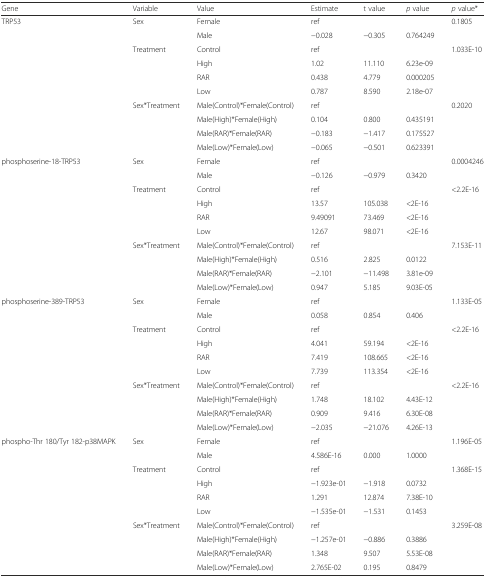
<table><thead><tr><td><b>Gene</b></td><td><b>Variable</b></td><td><b>Value</b></td><td><b>Estimate</b></td><td><b>t value</b></td><td><b><i>p</i> value</b></td><td><b><i>p</i> value*</b></td></tr></thead><tbody><tr><td rowspan="10">TRP53</td><td rowspan="2">Sex</td><td>Female</td><td>ref</td><td></td><td></td><td>0.1805</td></tr><tr><td>Male</td><td>−0.028</td><td>−0.305</td><td>0.764249</td><td></td></tr><tr><td rowspan="4">Treatment</td><td>Control</td><td>ref</td><td></td><td></td><td>1.033E-10</td></tr><tr><td>High</td><td>1.02</td><td>11.110</td><td>6.23e-09</td><td></td></tr><tr><td>RAR</td><td>0.438</td><td>4.779</td><td>0.000205</td><td></td></tr><tr><td>Low</td><td>0.787</td><td>8.590</td><td>2.18e-07</td><td></td></tr><tr><td rowspan="4">Sex*Treatment</td><td>Male(Control)*Female(Control)</td><td>ref</td><td></td><td></td><td>0.2020</td></tr><tr><td>Male(High)*Female(High)</td><td>0.104</td><td>0.800</td><td>0.435191</td><td></td></tr><tr><td>Male(RAR)*Female(RAR)</td><td>−0.183</td><td>−1.417</td><td>0.175527</td><td></td></tr><tr><td>Male(Low)*Female(Low)</td><td>−0.065</td><td>−0.501</td><td>0.623391</td><td></td></tr><tr><td rowspan="10">phosphoserine-18-TRP53</td><td rowspan="2">Sex</td><td>Female</td><td>ref</td><td></td><td></td><td>0.0004246</td></tr><tr><td>Male</td><td>−0.126</td><td>−0.979</td><td>0.3420</td><td></td></tr><tr><td rowspan="4">Treatment</td><td>Control</td><td>ref</td><td></td><td></td><td>&lt;2.2E-16</td></tr><tr><td>High</td><td>13.57</td><td>105.038</td><td>&lt;2E-16</td><td></td></tr><tr><td>RAR</td><td>9.49091</td><td>73.469</td><td>&lt;2E-16</td><td></td></tr><tr><td>Low</td><td>12.67</td><td>98.071</td><td>&lt;2E-16</td><td></td></tr><tr><td rowspan="4">Sex*Treatment</td><td>Male(Control)*Female(Control)</td><td>ref</td><td></td><td></td><td>7.153E-11</td></tr><tr><td>Male(High)*Female(High)</td><td>0.516</td><td>2.825</td><td>0.0122</td><td></td></tr><tr><td>Male(RAR)*Female(RAR)</td><td>−2.101</td><td>−11.498</td><td>3.81e-09</td><td></td></tr><tr><td>Male(Low)*Female(Low)</td><td>0.947</td><td>5.185</td><td>9.03E-05</td><td></td></tr><tr><td rowspan="10">phosphoserine-389-TRP53</td><td rowspan="2">Sex</td><td>Female</td><td>ref</td><td></td><td></td><td>1.133E-05</td></tr><tr><td>Male</td><td>0.058</td><td>0.854</td><td>0.406</td><td></td></tr><tr><td rowspan="4">Treatment</td><td>Control</td><td>ref</td><td></td><td></td><td>&lt;2.2E-16</td></tr><tr><td>High</td><td>4.041</td><td>59.194</td><td>&lt;2E-16</td><td></td></tr><tr><td>RAR</td><td>7.419</td><td>108.665</td><td>&lt;2E-16</td><td></td></tr><tr><td>Low</td><td>7.739</td><td>113.354</td><td>&lt;2E-16</td><td></td></tr><tr><td rowspan="4">Sex*Treatment</td><td>Male(Control)*Female(Control)</td><td>ref</td><td></td><td></td><td>&lt;2.2E-16</td></tr><tr><td>Male(High)*Female(High)</td><td>1.748</td><td>18.102</td><td>4.43E-12</td><td></td></tr><tr><td>Male(RAR)*Female(RAR)</td><td>0.909</td><td>9.416</td><td>6.30E-08</td><td></td></tr><tr><td>Male(Low)*Female(Low)</td><td>−2.035</td><td>−21.076</td><td>4.26E-13</td><td></td></tr><tr><td rowspan="10">phospho-Thr 180/Tyr 182-p38MAPK</td><td rowspan="2">Sex</td><td>Female</td><td>ref</td><td></td><td></td><td>1.196E-05</td></tr><tr><td>Male</td><td>4.586E-16</td><td>0.000</td><td>1.0000</td><td></td></tr><tr><td rowspan="4">Treatment</td><td>Control</td><td>ref</td><td></td><td></td><td>1.368E-15</td></tr><tr><td>High</td><td>−1.923e-01</td><td>−1.918</td><td>0.0732</td><td></td></tr><tr><td>RAR</td><td>1.291</td><td>12.874</td><td>7.38E-10</td><td></td></tr><tr><td>Low</td><td>−1.535e-01</td><td>−1.531</td><td>0.1453</td><td></td></tr><tr><td rowspan="4">Sex*Treatment</td><td>Male(Control)*Female(Control)</td><td>ref</td><td></td><td></td><td>3.259E-08</td></tr><tr><td>Male(High)*Female(High)</td><td>−1.257e-01</td><td>−0.886</td><td>0.3886</td><td></td></tr><tr><td>Male(RAR)*Female(RAR)</td><td>1.348</td><td>9.507</td><td>5.53E-08</td><td></td></tr><tr><td>Male(Low)*Female(Low)</td><td>2.765E-02</td><td>0.195</td><td>0.8479</td><td></td></tr></tbody></table>